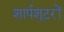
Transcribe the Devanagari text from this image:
शार्पशूटरों